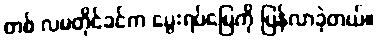
တစ် လမတိုင်ခင်က မွေးရပ်မြေကို ပြန်လာခဲ့တယ်။